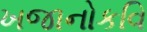
ખજાનોકવિ